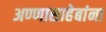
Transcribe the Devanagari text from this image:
अण्णासाहेबांना